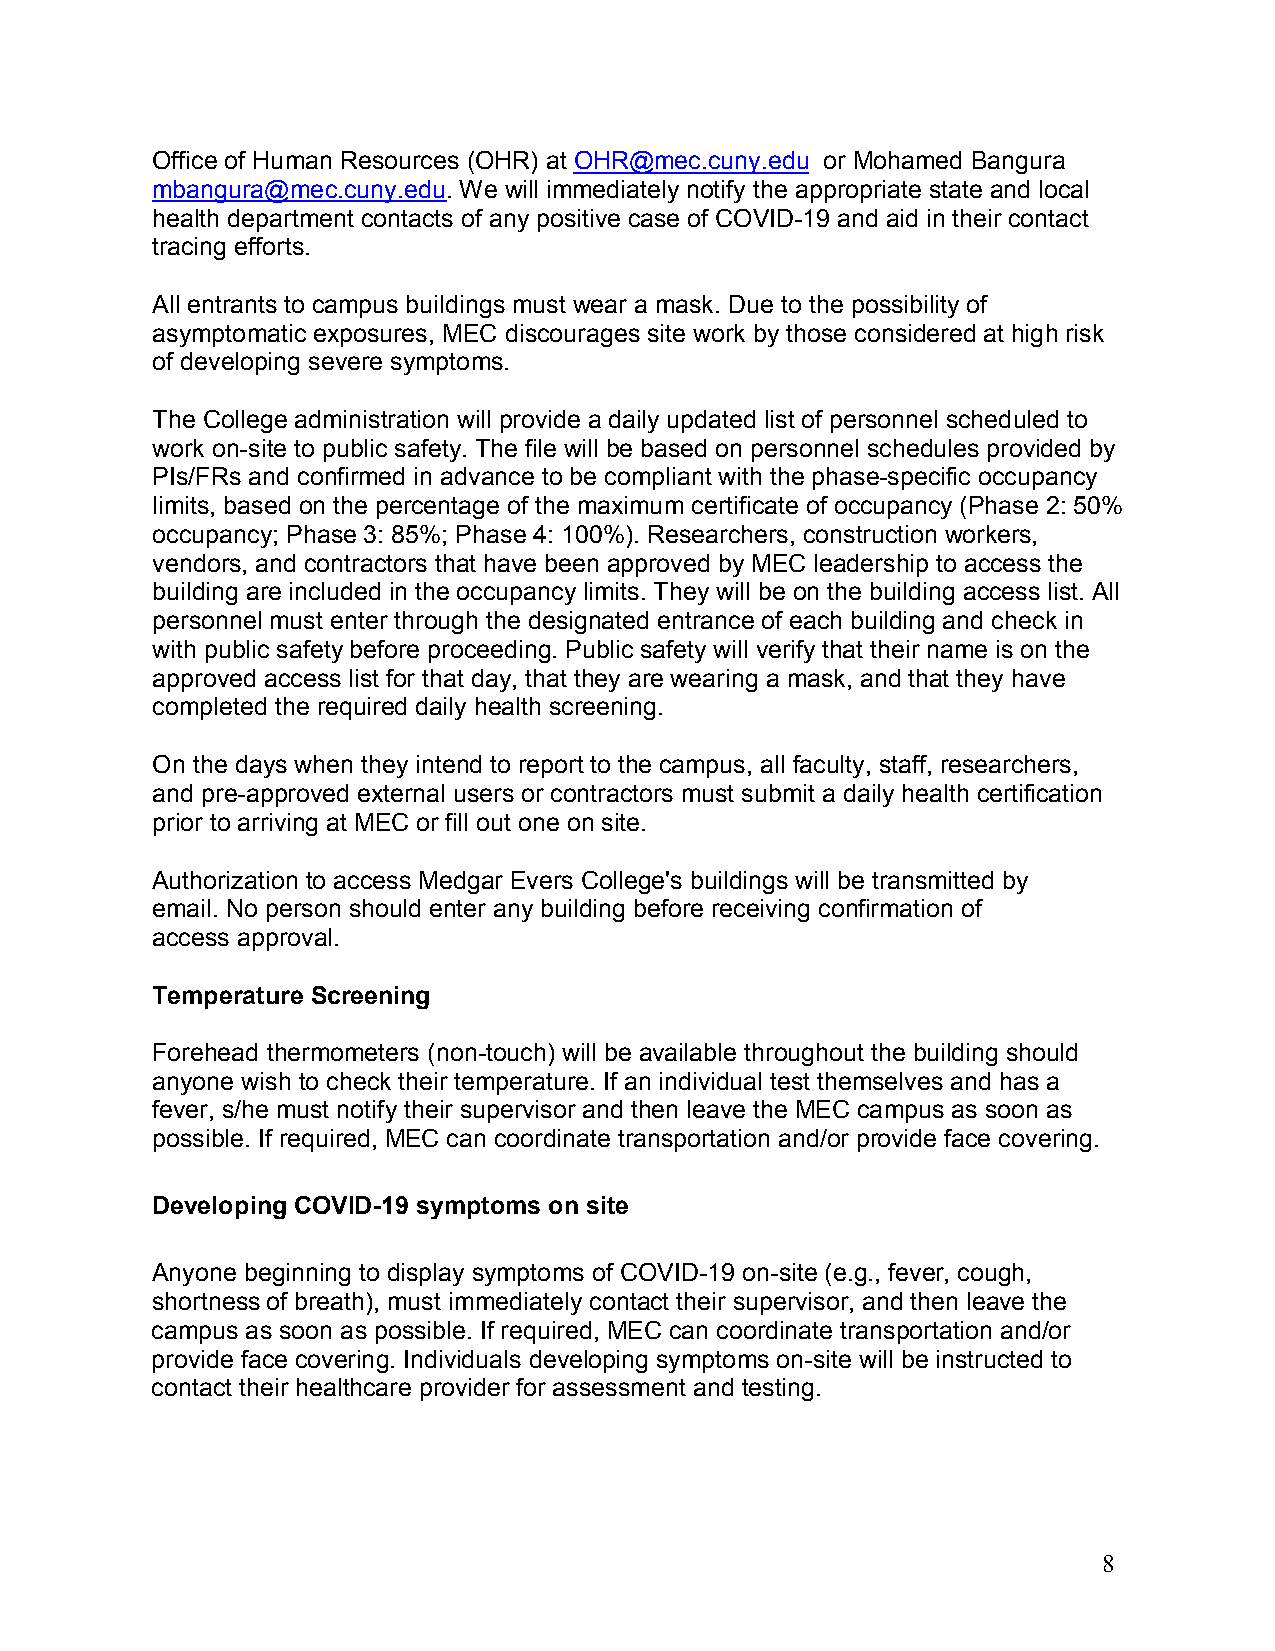
Office of Human Resources (OHR) at OHR@mec.cuny.edu or Mohamed Bangura
 mbangura@mec.cuny.edu. We will immediately notify the appropriate state and local
 health department contacts of any positive case of COVID-19 and aid in their contact
 tracing efforts.
 All entrants to campus buildings must wear a mask. Due to the possibility of
 asymptomatic exposures, MEC discourages site work by those considered at high risk
 of developing severe symptoms.
 The College administration will provide a daily updated list of personnel scheduled to
 work on-site to public safety. The file will be based on personnel schedules provided by
 PIs/FRs and confirmed in advance to be compliant with the phase-specific occupancy
 limits, based on the percentage of the maximum certificate of occupancy (Phase 2: 50%
 occupancy; Phase 3: 85%; Phase 4: 100%). Researchers, construction workers,
 vendors, and contractors that have been approved by MEC leadership to access the
 building are included in the occupancy limits. They will be on the building access list. All
 personnel must enter through the designated entrance of each building and check in
 with public safety before proceeding. Public safety will verify that their name is on the
 approved access list for that day, that they are wearing a mask, and that they have
 completed the required daily health screening.
 On the days when they intend to report to the campus, all faculty, staff, researchers,
 and pre-approved external users or contractors must submit a daily health certification
 prior to arriving at MEC or fill out one on site.
 Authorization to access Medgar Evers College's buildings will be transmitted by
 email. No person should enter any building before receiving confirmation of
 access approval.
 Temperature Screening
 Forehead thermometers (non-touch) will be available throughout the building should
 anyone wish to check their temperature. If an individual test themselves and has a
 fever, s/he must notify their supervisor and then leave the MEC campus as soon as
 possible. If required, MEC can coordinate transportation and/or provide face covering.
 Developing COVID-19 symptoms on site
 Anyone beginning to display symptoms of COVID-19 on-site (e.g., fever, cough,
 shortness of breath), must immediately contact their supervisor, and then leave the
 campus as soon as possible. If required, MEC can coordinate transportation and/or
 provide face covering. Individuals developing symptoms on-site will be instructed to
 contact their healthcare provider for assessment and testing.
 8